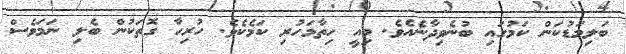
ބަލިމަޑުކަން ކަމުގައި ބުނެވިދާނެއެވެ. މިއީ ހިތާމަހުރި ކަމެކެވެ. ހުރިހާ ގޮތަކުން ބެލި ނަމަވެސް